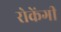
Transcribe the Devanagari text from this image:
रोकेंगी